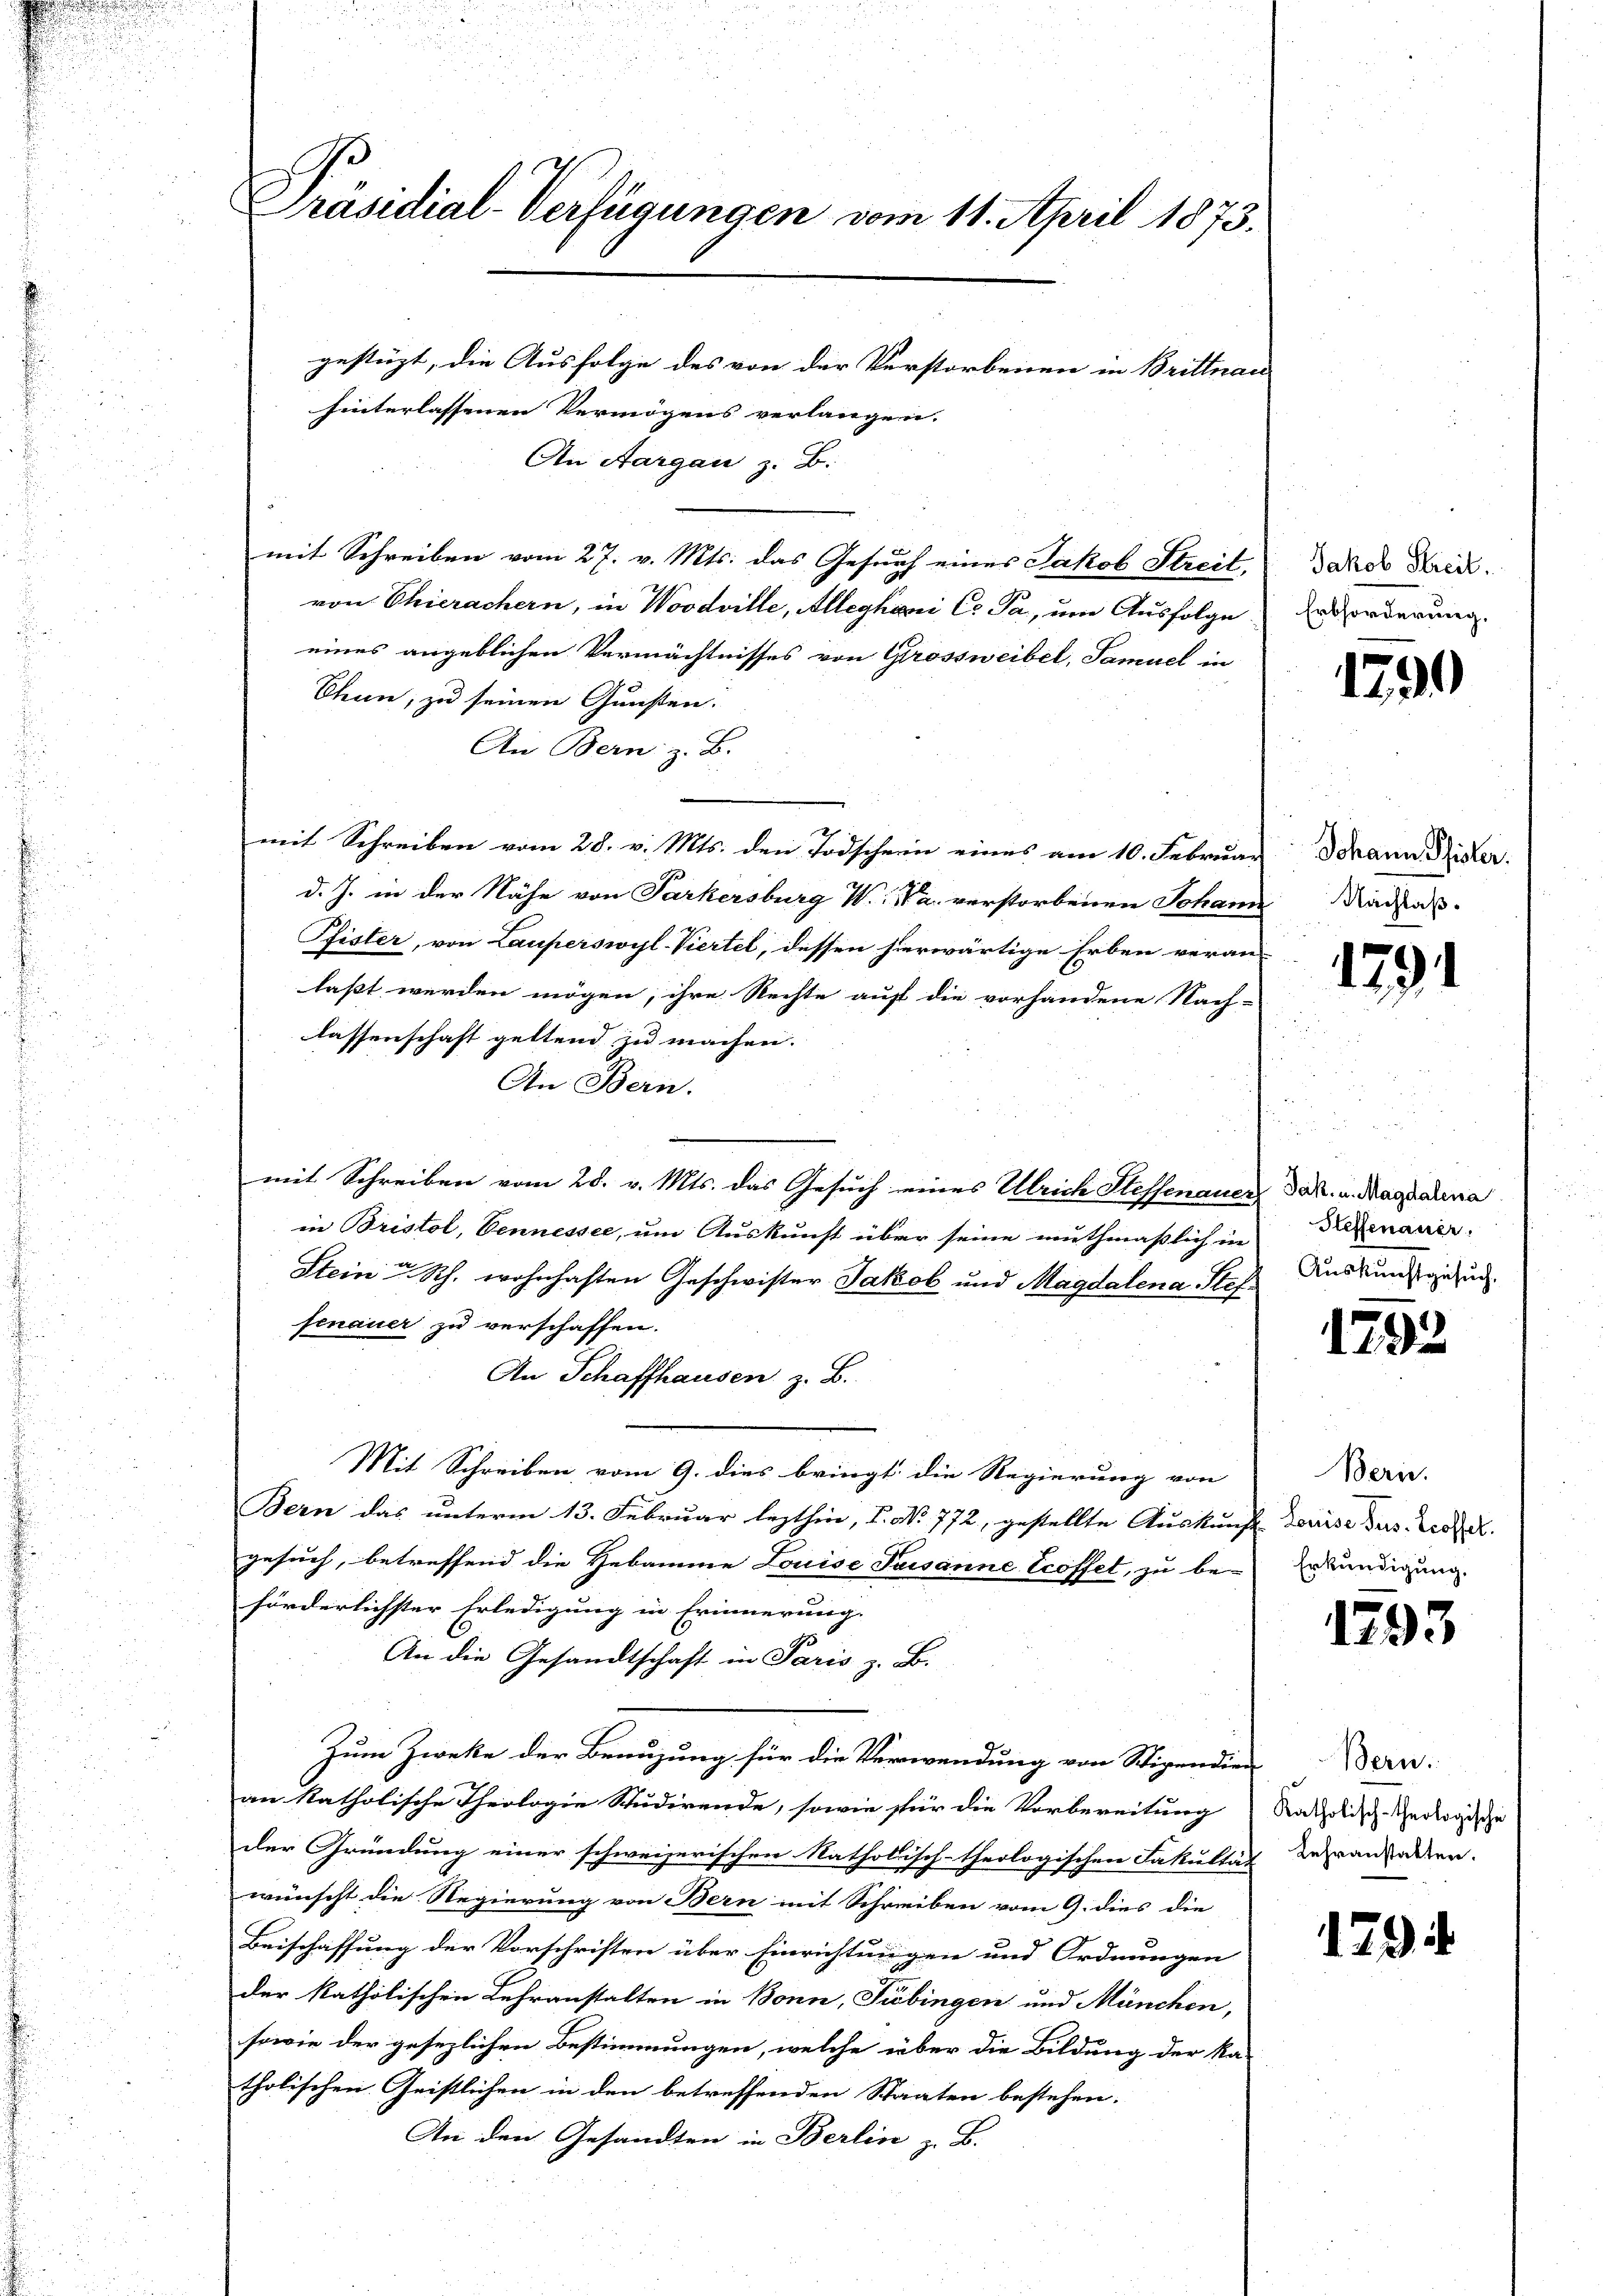
s
Präsidial-Verfügungen vom 11. April 1873.
gestüzt, die Ausfolge des von der Verstorbenen in Brittnau |
hinterlassenen Vermögens verlangen.

An Aargau z. B.
mit Schreiben vom 27. v. Mts. das Gesuch eines Jakob Streit,
von Thierachern, in Wovaville, Alleghini Co Pa, um Ausfolge
eines angeblichen Vermächtnisses von Grossweibel, Samuel in
Thun, zu seinen Gunsten.
An Bern z. B.
mit Schreiben vom 28. v. Mts. den Todschein eines am 10. Februar
d. J. in der Nähe von Parkersburg W. V. a. verstorbenen Johann
Pfister, von Lauperswyl-Viertel, dessen hierwärtige Erben veran-
laßt werden mögen, ihre Rechte auf die vorhandene Nach-
lassenschaft geltend zu machen.
An Bern.
mit Schreiben vom 28. v. Mts. das Gesuch eines Ulrich Steffenauer,
in Bristol, Vennessee, um Auskunft über seine muthmaßlich in
Stein u. Rh. wohnhaften Geschwister Jakob und Magdalena Stef
fenauer zu verschaffen.
An Schaffhausen z. B.
Mit Schreiben vom 9. dies bringt die Regierung von
Bern das unterm 13. Februar lezthin, I. No. 772, gestellte Auskunft Louise ders. Erstel
gesuch, betreffend die Hebamme Louise Taisanne Ecoffet, zu be-
förderlichster Erledigung in Erinnerung.
An die Gesandtschaft in Paris z. B.
Zum Zwecke der Benuzung für die Verwendung von Stipendien Bern.
an katholische Theologie Studirende, sowie für die Vorbereitung Ratsdisch-Hedergische
der Gründung einer schweizerischen Natholisch-theologischen Fakultät deransieden.
wünscht die Regierung von Bern mit Schreiben vom 9. dies die
Beischaffung der Vorschriften über Einrichtungen und Ordnungen
der katholischen Lehranstalten in Bonn, Tübingen und München,
sowie der gesezlichen Bestimmungen, welche über die Bildung der Ka-
tholischen Geistlichen in den betreffenden Staaten bestehen.
An den Gesandten in Berlin z. B.

Jakob Streit.
Erbforderung.

1799

Johann Pfister.
Nachlaß.

1791

Jak. u. Magdalena
Heffenauer.
Auskunftgesuch,

125.

Beri
Erkundigung.

1293

1794